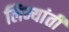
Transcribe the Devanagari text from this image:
लिन्यांती